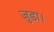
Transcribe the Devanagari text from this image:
जुडा।